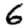
Digit: 6